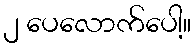
၂ ပေလောက်ပေါ့။